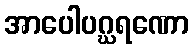
အာပေါပဂ္ဃရဏော